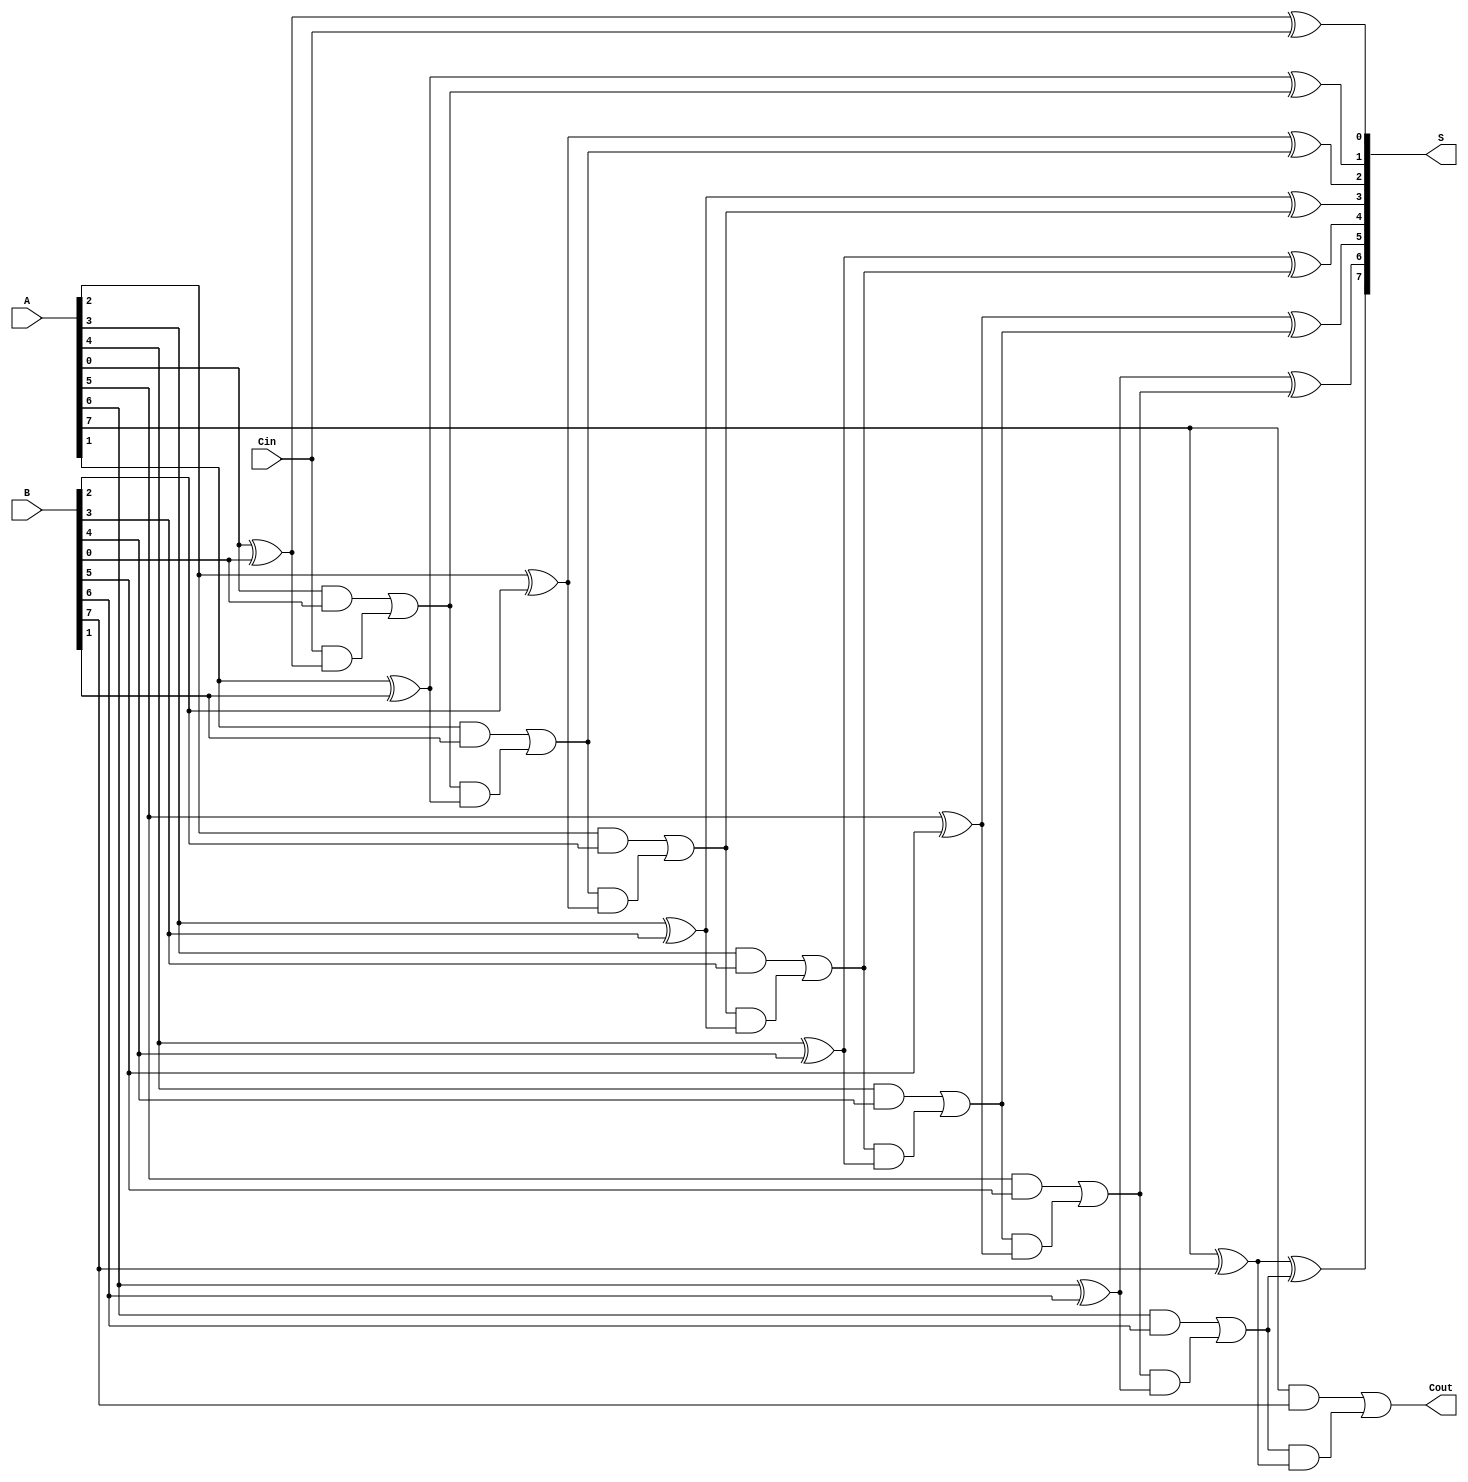
module manchester_carry_chain_adder #(parameter N = 8) (
    input  wire [N-1:0] A,      // First n-bit number
    input  wire [N-1:0] B,      // Second n-bit number
    input  wire Cin,             // Input carry
    output wire [N-1:0] S,       // Sum output
    output wire Cout             // Output carry
);

    // Internal carry wire
    wire [N:0] C; // C[0] is carry-in, C[N] is final carry-out

    // Assign the initial carry
    assign C[0] = Cin;

    // Full adder logic
    genvar i;
    generate
        for (i = 0; i < N; i = i + 1) begin : full_adder
            // Sum calculation
            assign S[i] = A[i] ^ B[i] ^ C[i];
            // Carry calculation (Manchester coding logic)
            assign C[i + 1] = (A[i] & B[i]) | (C[i] & (A[i] ^ B[i]));
        end
    endgenerate

    // Final carry output
    assign Cout = C[N];

endmodule